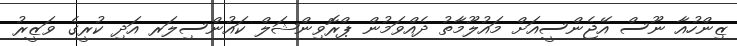
ޒިންހުއާ ނޫސް އޭޖެންސީއަށް މައުލޫމާތު ދެއްވަމުން ޕްރޮވިންޝަލް ކައުންސިލަރ އަދި ކުރީގެ ވަޒީރު